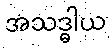
အသဒ္ဓါယ